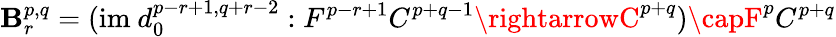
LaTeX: \mathbf{B}_{r}^{p,q}=({\mathrm{{im~}}}d_{0}^{p-r+1,q+r-2}:F^{p-r+1}C^{p+q-1}\rightarrowC^{p+q})\capF^{p}C^{p+q}